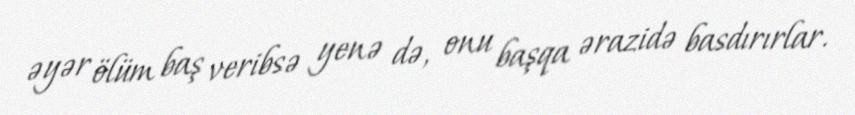
əyər ölüm baş veribsə yenə də, onu başqa ərazidə basdırırlar.